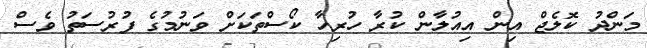
މަންދު ކޮލެޖް އިން އިއުލާން ކުރާ ހުރިހާ ކޯސްތަކަށް ވަނުމުގެ ފުރުސަތު ވެސް